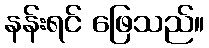
နန်းရင် ဖြေသည်။